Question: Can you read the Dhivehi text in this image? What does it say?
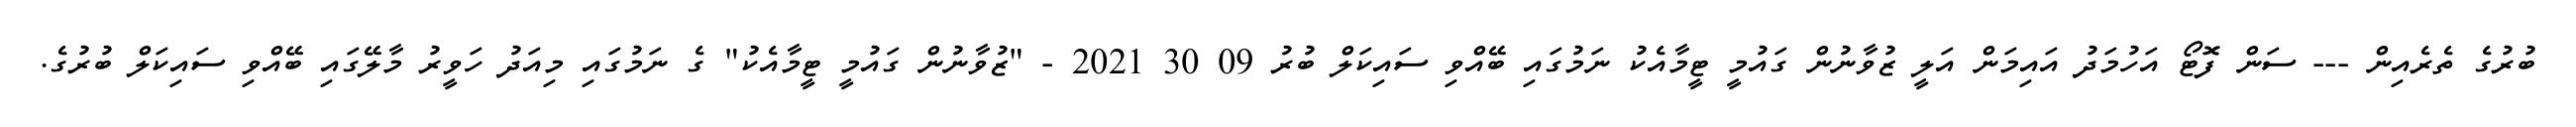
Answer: ބުރުގެ ތެރެއިން --- ސަން ފޮޓޯ އަހުމަދު އައިމަން އަލީ ޒުވާނުން ގައުމީ ޓީމާއެކު ނަމުގައި ބޭއްވި ސައިކަލް ބުރު 09 30 2021 - "ޒުވާނުން ގައުމީ ޓީމާއެކު" ގެ ނަމުގައި މިއަދު ހަވީރު މާލޭގައި ބޭއްވި ސައިކަލް ބުރުގެ.